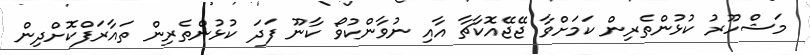
މަޝްހޫރު ކުޅުންތެރިން ކަމަށްވާ ޖޭޖޭއޮކާޗާ އާއި ނުވާންކުވޯ ކާނޫ ފަދަ ކުޅުންތެރިން ތައާރަފްކޮށްދިން